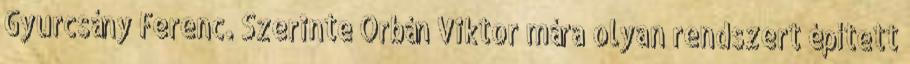
Gyurcsány Ferenc. Szerinte Orbán Viktor mára olyan rendszert épített